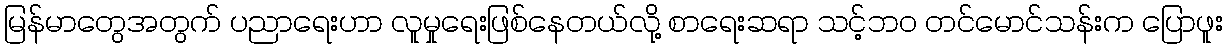
မြန်မာတွေအတွက် ပညာရေးဟာ လူမှုရေးဖြစ်နေတယ်လို့ စာရေးဆရာ သင့်ဘဝ တင်မောင်သန်းက ပြောဖူး